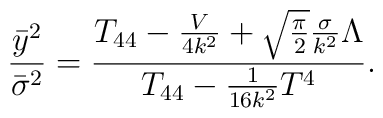
\frac{{\bar y}^2}{{\bar\sigma}^2}=\frac{T_{44}-\frac{V}{4k^2}+\sqrt{\frac{\pi}{2}}\frac{\sigma}{k^2}\Lambda}{T_{44}-\frac{1}{16k^2}T^4}.